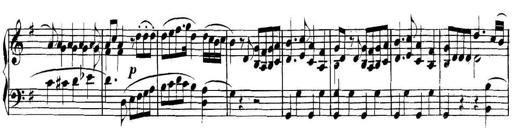
Title: Collected Piano Sonatas
Composer: Muzio Clementi